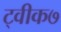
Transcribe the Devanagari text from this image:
ट्वीक७